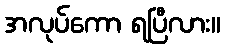
အလုပ်ကော ရပြီလား။